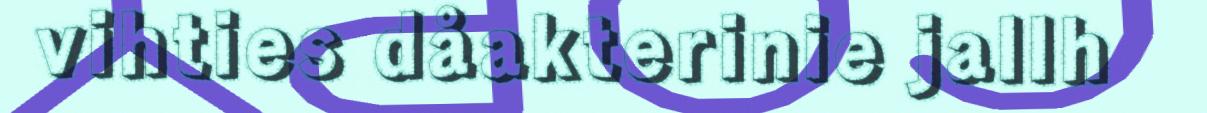
vihties dåakterinie jallh